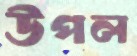
উপল